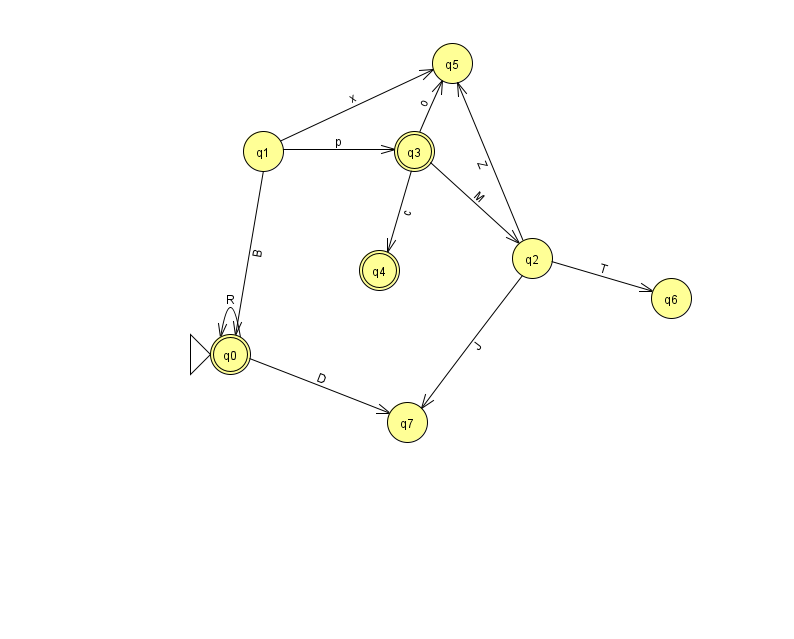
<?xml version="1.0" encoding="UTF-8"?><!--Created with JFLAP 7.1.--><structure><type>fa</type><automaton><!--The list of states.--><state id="0" name="q0"><x>230.0</x><y>341.0</y><initial/><final/></state><state id="1" name="q1"><x>263.0</x><y>138.0</y></state><state id="2" name="q2"><x>532.0</x><y>245.0</y></state><state id="3" name="q3"><x>414.0</x><y>138.0</y><final/></state><state id="4" name="q4"><x>379.0</x><y>257.0</y><final/></state><state id="5" name="q5"><x>452.0</x><y>50.0</y></state><state id="6" name="q6"><x>671.0</x><y>285.0</y></state><state id="7" name="q7"><x>407.0</x><y>409.0</y></state><!--The list of transitions.--><transition><from>0</from><to>0</to><read>R</read></transition><transition><from>3</from><to>5</to><read>o</read></transition><transition><from>1</from><to>0</to><read>B</read></transition><transition><from>0</from><to>7</to><read>D</read></transition><transition><from>3</from><to>2</to><read>M</read></transition><transition><from>2</from><to>6</to><read>T</read></transition><transition><from>3</from><to>4</to><read>c</read></transition><transition><from>1</from><to>3</to><read>p</read></transition><transition><from>2</from><to>5</to><read>Z</read></transition><transition><from>1</from><to>5</to><read>x</read></transition><transition><from>2</from><to>7</to><read>J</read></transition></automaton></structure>